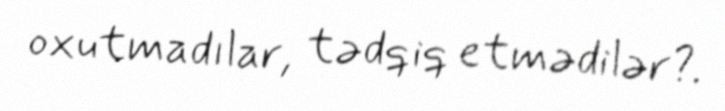
oxutmadılar, tədqiq etmədilər?.